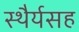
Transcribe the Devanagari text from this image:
स्थैर्यसह